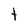
Character: t